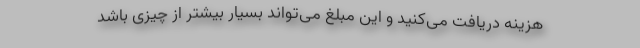
هزینه دریافت می‌کنید و این مبلغ می‌تواند بسیار بیشتر از چیزی باشد